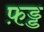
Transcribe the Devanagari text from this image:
फ़ड्ड